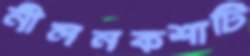
নীলনকশাটি